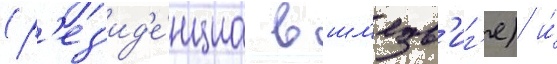
(р'ез'ид'е́нциа в шл'езв'иг'е) и́